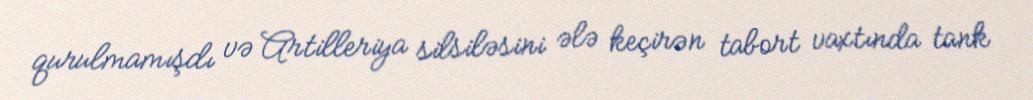
qurulmamışdı və Artilleriya silsiləsini ələ keçirən tabort vaxtında tank